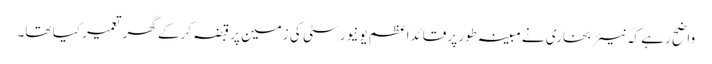
واضح رہے کہ نیئر بخاری نے مبینہ طور پر قائداعظم یونیورسٹی کی زمین پر قبضہ کرکے گھر تعمیر کیا تھا۔